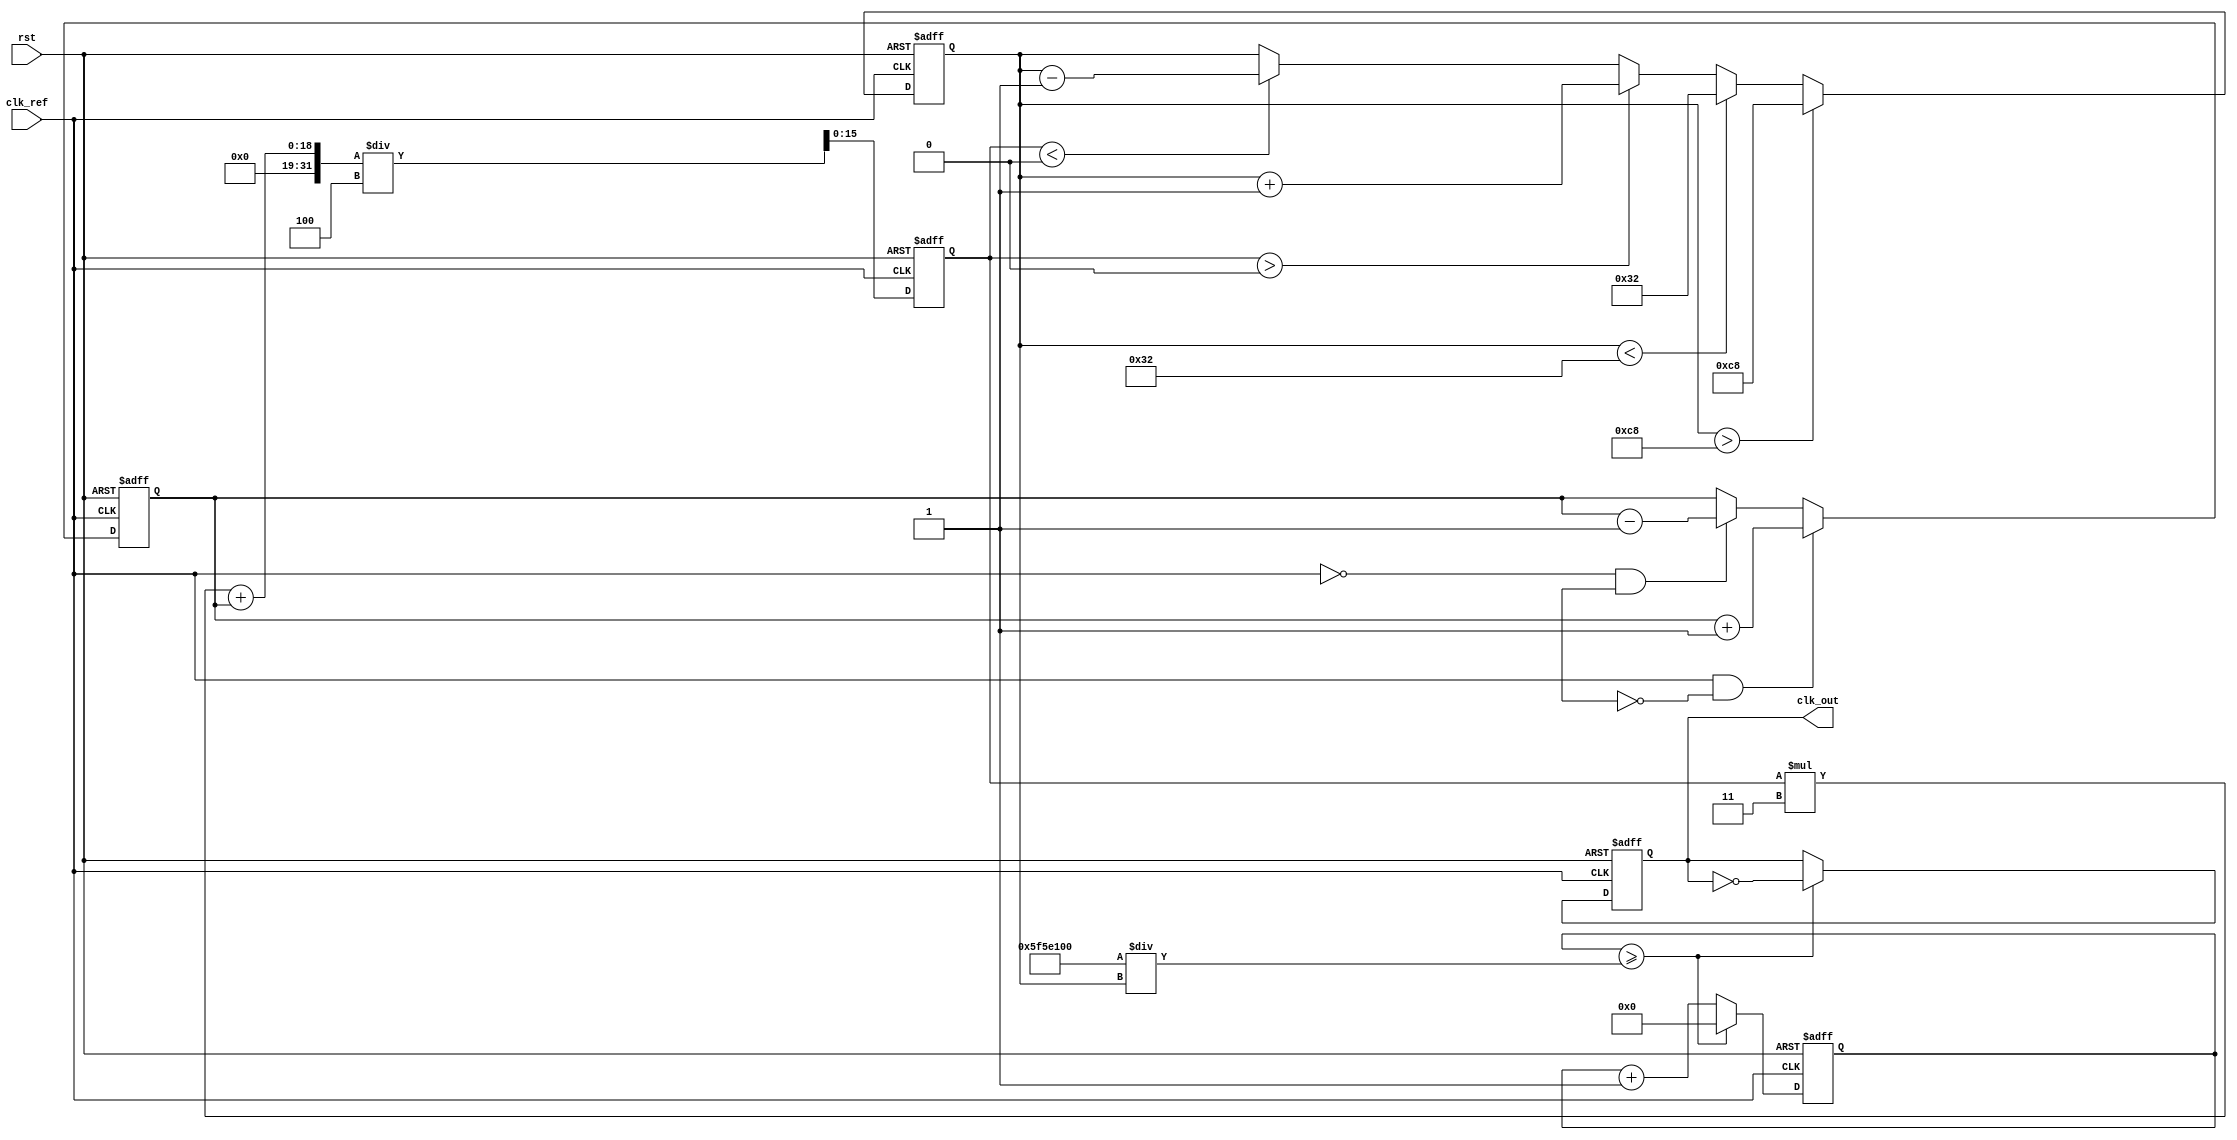
module type1_PLL (
    input wire clk_ref,             // Reference Clock Input
    input wire rst,                 // Reset Signal
    output reg clk_out              // Output Clock
);

// Parameters
parameter INITIAL_VCO_FREQ = 100; // Initial frequency of VCO
parameter VCO_MAX_FREQ = 200;      // Maximum frequency of VCO
parameter VCO_MIN_FREQ = 50;       // Minimum frequency of VCO
parameter LPF_COEFFICIENT = 4;     // Coefficient for Low Pass Filter

// Internal Signals
reg [15:0] phase_error;            // Phase error signal
reg [15:0] control_voltage;         // Control voltage for VCO
reg [15:0] vco_freq;                // Frequency of the VCO
reg [31:0] counter;                 // Counter for VCO clock generation
reg vco_clk;                        // VCO Clock Output
reg [15:0] lpf_output;              // Output from the Low Pass Filter

// Phase Detector
always @(posedge clk_ref or posedge rst) begin
    if (rst) begin
        phase_error <= 0;
    end else begin
        // Simple Phase Detector Logic (Count edges)
        if (clk_ref && !vco_clk) begin
            phase_error <= phase_error + 1; // Reference clock leads
        end else if (!clk_ref && vco_clk) begin
            phase_error <= phase_error - 1; // Output clock leads
        end
    end
end

// Low-Pass Filter
always @(posedge clk_ref or posedge rst) begin
    if (rst) begin
        lpf_output <= 0;
    end else begin
        lpf_output <= (lpf_output * (LPF_COEFFICIENT - 1) + phase_error) / LPF_COEFFICIENT;
    end
end

// Voltage-Controlled Oscillator (VCO)
always @(posedge clk_ref or posedge rst) begin
    if (rst) begin
        vco_freq <= INITIAL_VCO_FREQ;
        counter <= 0;
        clk_out <= 0;
    end else begin
        // Adjust VCO frequency based on control voltage
        if (lpf_output > 0) begin
            vco_freq <= vco_freq + 1; // Increase frequency
        end else if (lpf_output < 0) begin
            vco_freq <= vco_freq - 1; // Decrease frequency
        end
        
        // Limit VCO frequency
        if (vco_freq > VCO_MAX_FREQ)
            vco_freq <= VCO_MAX_FREQ;
        else if (vco_freq < VCO_MIN_FREQ)
            vco_freq <= VCO_MIN_FREQ;

        // Generate VCO clock signal based on VCO frequency
        if (counter >= (100000000 / vco_freq)) begin // Assuming clk_ref is 100MHz
            clk_out <= ~clk_out;
            counter <= 0;
        end else begin
            counter <= counter + 1;
        end
    end
end

endmodule